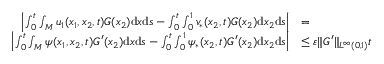
\begin{array} { r l } { \left| \int _ { 0 } ^ { t } \int _ { M } u _ { 1 } ( x _ { 1 } , x _ { 2 } , t ) G ( x _ { 2 } ) \mathrm { d } x \mathrm { d } s - \int _ { 0 } ^ { t } \int _ { 0 } ^ { 1 } v _ { * } ( x _ { 2 } , t ) G ( x _ { 2 } ) \mathrm { d } x _ { 2 } \mathrm { d } s \right| } & { = } \\ { \left| \int _ { 0 } ^ { t } \int _ { M } \psi ( x _ { 1 } , x _ { 2 } , t ) G ^ { \prime } ( x _ { 2 } ) \mathrm { d } x \mathrm { d } s - \int _ { 0 } ^ { t } \int _ { 0 } ^ { 1 } \psi _ { * } ( x _ { 2 } , t ) G ^ { \prime } ( x _ { 2 } ) \mathrm { d } x _ { 2 } \mathrm { d } s \right| } & { \leq \varepsilon \| G ^ { \prime } \| _ { L ^ { \infty } ( 0 , 1 ) } t } \end{array}